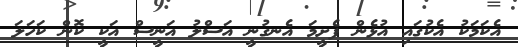
އެކަމަކު އެކުގައި އުޅެން ފެށީމަ އެނގުނީ އަސްލު އަނީސް އަކީ ކޮން ކަހަލަ